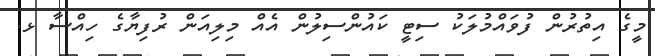
މީގެ އިތުރުން ފުވައްމުލަކު ސިޓީ ކައުންސިލުން އެއް މިލިއަން ރުފިޔާގެ ހިއްސާ ޅ.